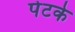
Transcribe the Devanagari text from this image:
पेटके